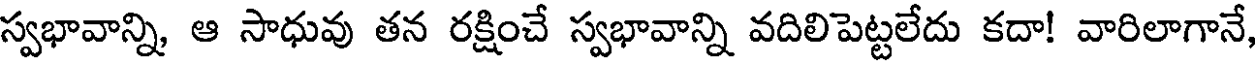
స్వభావాన్ని ఆ సాధువు తన రక్షించే స్వభావాన్ని వదిలిపెట్టలేదు కదా! వారిలాగానే,